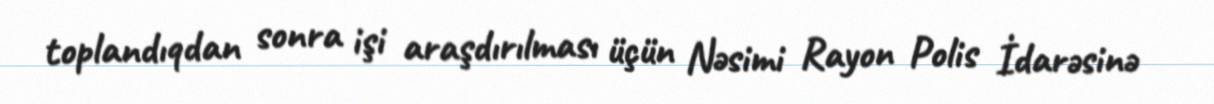
toplandıqdan sonra işi araşdırılması üçün Nəsimi Rayon Polis İdarəsinə